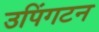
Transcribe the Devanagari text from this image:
उपिंगटन